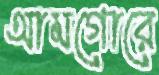
আমগোরে